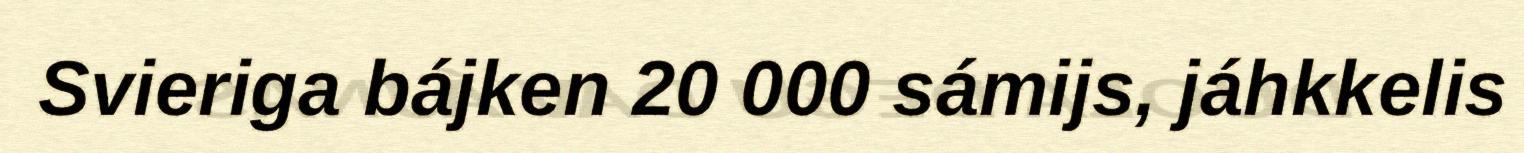
Svieriga bájken 20 000 sámijs, jáhkkelis